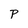
Character: P